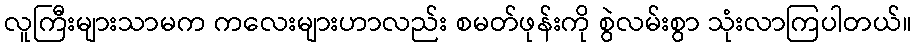
လူကြီးများသာမက ကလေးများဟာလည်း စမတ်ဖုန်းကို စွဲလမ်းစွာ သုံးလာကြပါတယ်။